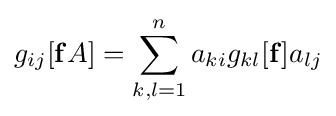
g_{ij}[\mathbf {f} A]=\sum _{k,l=1}^{n}a_{ki}g_{kl}[\mathbf {f} ]a_{lj}